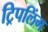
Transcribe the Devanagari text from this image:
ट्रिपलिंग